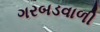
ગરબડવાળી